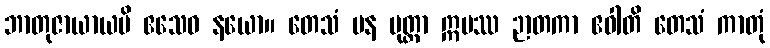
ဘာတုဇာယာယပိ ဧသေဝ နယော။ တေသံ ပန ပုတ္တာ ဣမဿ ဉာတကာ ဧဝါတိ တေသံ ကာတုံ